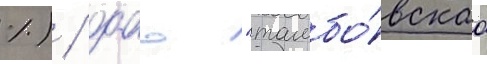
%) / оао "тамбо́вскаа